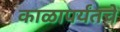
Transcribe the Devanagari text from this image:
काळापर्यंतचे